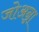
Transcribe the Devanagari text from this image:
जोअन्ना